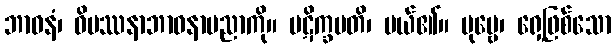
ဘာဝနံ၊ ဝိပဿနာဘာဝနာပညာကို။ ပဋိက္ခပတိ၊ ပယ်၏။ ပုဗ္ဗေ၊ ရှေ့ဖြစ်သော